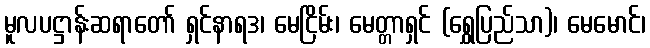
မူလပဋ္ဌာန်းဆရာတော် ရှင်နာရဒ၊ မေငြိမ်း၊ မေတ္တာရှင် (ရွှေပြည်သာ)၊ မေမောင်၊